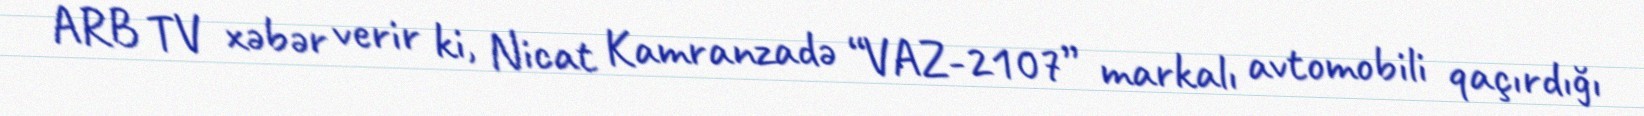
ARB TV xəbər verir ki, Nicat Kamranzadə “VAZ-2107” markalı avtomobili qaçırdığı